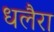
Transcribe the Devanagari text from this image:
धलैरा